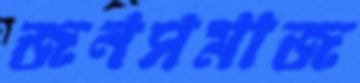
জনসমাজ